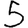
Digit: 5